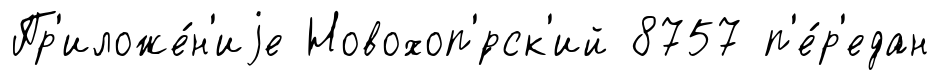
Пр'иложе́н'иjе Новохоп'́рск'ий 8757 п'е́р'едан